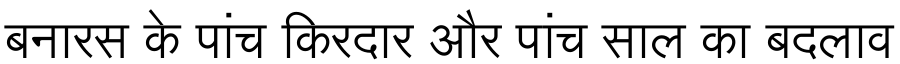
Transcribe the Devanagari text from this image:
बनारस के पांच किरदार और पांच साल का बदलाव